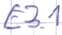
Text: E3.1